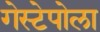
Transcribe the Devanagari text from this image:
गेस्टेपोला